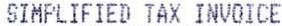
SIMPLIFIED TAX INVOICE